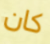
كان